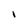
Character: I